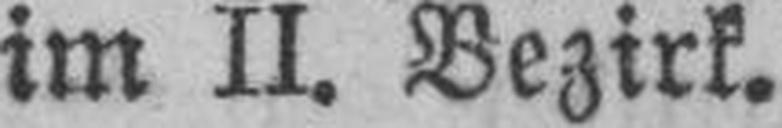
im II. Bezirk.